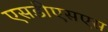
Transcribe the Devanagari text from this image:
एसडीएसएस